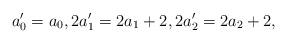
LaTeX: \begin{align*}a'_0=a_0,2a'_1=2a_1+2,2a'_2=2a_2+2,\end{align*}